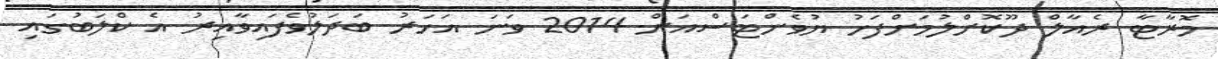
މޮރާޓާ ރެއާލް ދޫކޮށްލުމަށްފަހު ޔުވެންޓަސްއަށް 2014 ވަނަ އަހަރު ބަދަލުވެފައިވާއިރު އެ ކްލަބުގައި